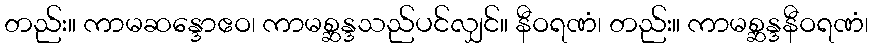
တည်း။ ကာမဆန္ဒောဧဝ၊ ကာမစ္ဆန္ဒသည်ပင်လျှင်။ နီဝရဏံ၊ တည်း။ ကာမစ္ဆန္ဒနီဝရဏံ၊